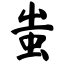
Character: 蚩